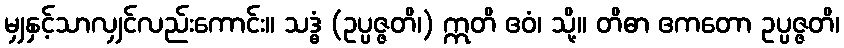
မျှနှင့်သာလျှင်လည်းကောင်း။ သဒ္ဓံ (ဥပ္ပဇ္ဇတိ၊) ဣတိ ဧဝံ၊ သို့။ တိဓာ ဧကတော ဥပ္ပဇ္ဇတိ၊